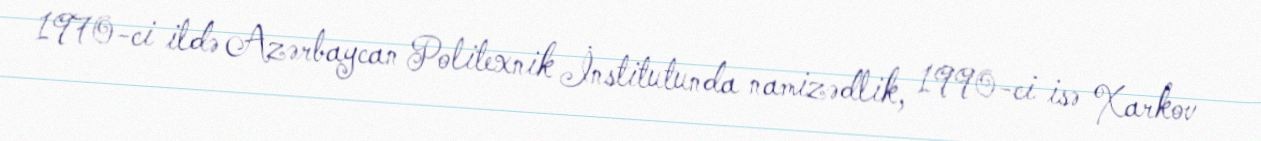
1970-ci ildə Azərbaycan Politexnik İnstitutunda namizədlik, 1990-ci isə Xarkov